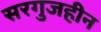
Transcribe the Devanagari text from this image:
सरगुजहीन